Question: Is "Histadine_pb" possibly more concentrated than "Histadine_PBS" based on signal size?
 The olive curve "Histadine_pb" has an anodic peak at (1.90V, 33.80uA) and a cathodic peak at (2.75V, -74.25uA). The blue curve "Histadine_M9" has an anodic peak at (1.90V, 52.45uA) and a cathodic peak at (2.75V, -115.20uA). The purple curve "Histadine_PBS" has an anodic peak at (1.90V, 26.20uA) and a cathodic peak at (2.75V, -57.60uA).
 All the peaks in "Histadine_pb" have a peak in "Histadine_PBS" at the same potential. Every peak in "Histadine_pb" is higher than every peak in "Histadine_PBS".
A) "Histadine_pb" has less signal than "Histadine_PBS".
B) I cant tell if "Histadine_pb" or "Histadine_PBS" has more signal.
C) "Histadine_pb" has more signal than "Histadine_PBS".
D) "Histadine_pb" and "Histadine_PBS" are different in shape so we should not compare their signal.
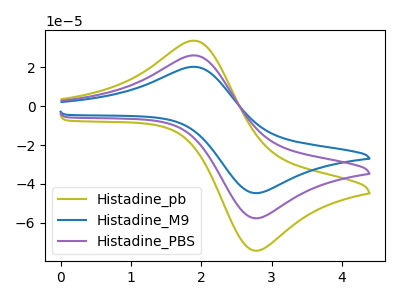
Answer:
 <answer>C) "Histadine_pb" has more signal than "Histadine_PBS".</answer>
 <eval>C</eval>